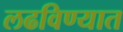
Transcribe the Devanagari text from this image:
लढविण्यात